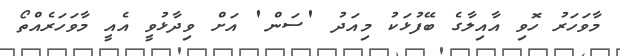
މާވަހަރު ހޮވި އާއިލާގެ ބޭފުޅަކު މިއަދު 'ސަން' އަށް ވިދާޅުވީ އެއީ މާވަހަރެއްތޯ